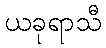
ယခုရာသီ